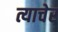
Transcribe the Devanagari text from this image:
त्याचेर